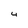
Character: 4